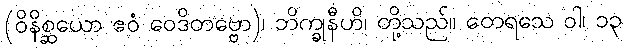
(ဝိနိစ္ဆယော ဧဝံ ဝေဒိတဗ္ဗော)၊ ဘိက္ခုနီဟိ၊ တို့သည်။ တေရသေ ဝါ၊ ၁၃